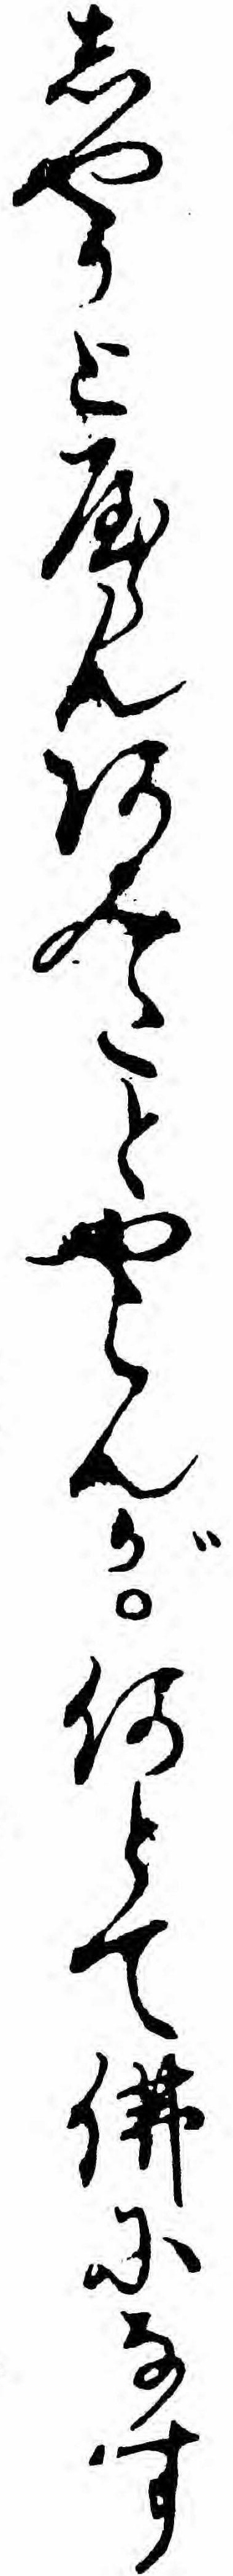
しやかとやらんあみたとやらんが何とて仏になす